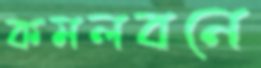
কমলবনে